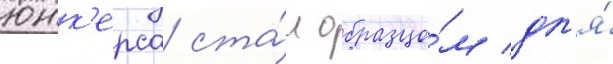
юнк'ерса ста́л образцо́м дл'я́